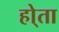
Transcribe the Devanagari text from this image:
हो्ता